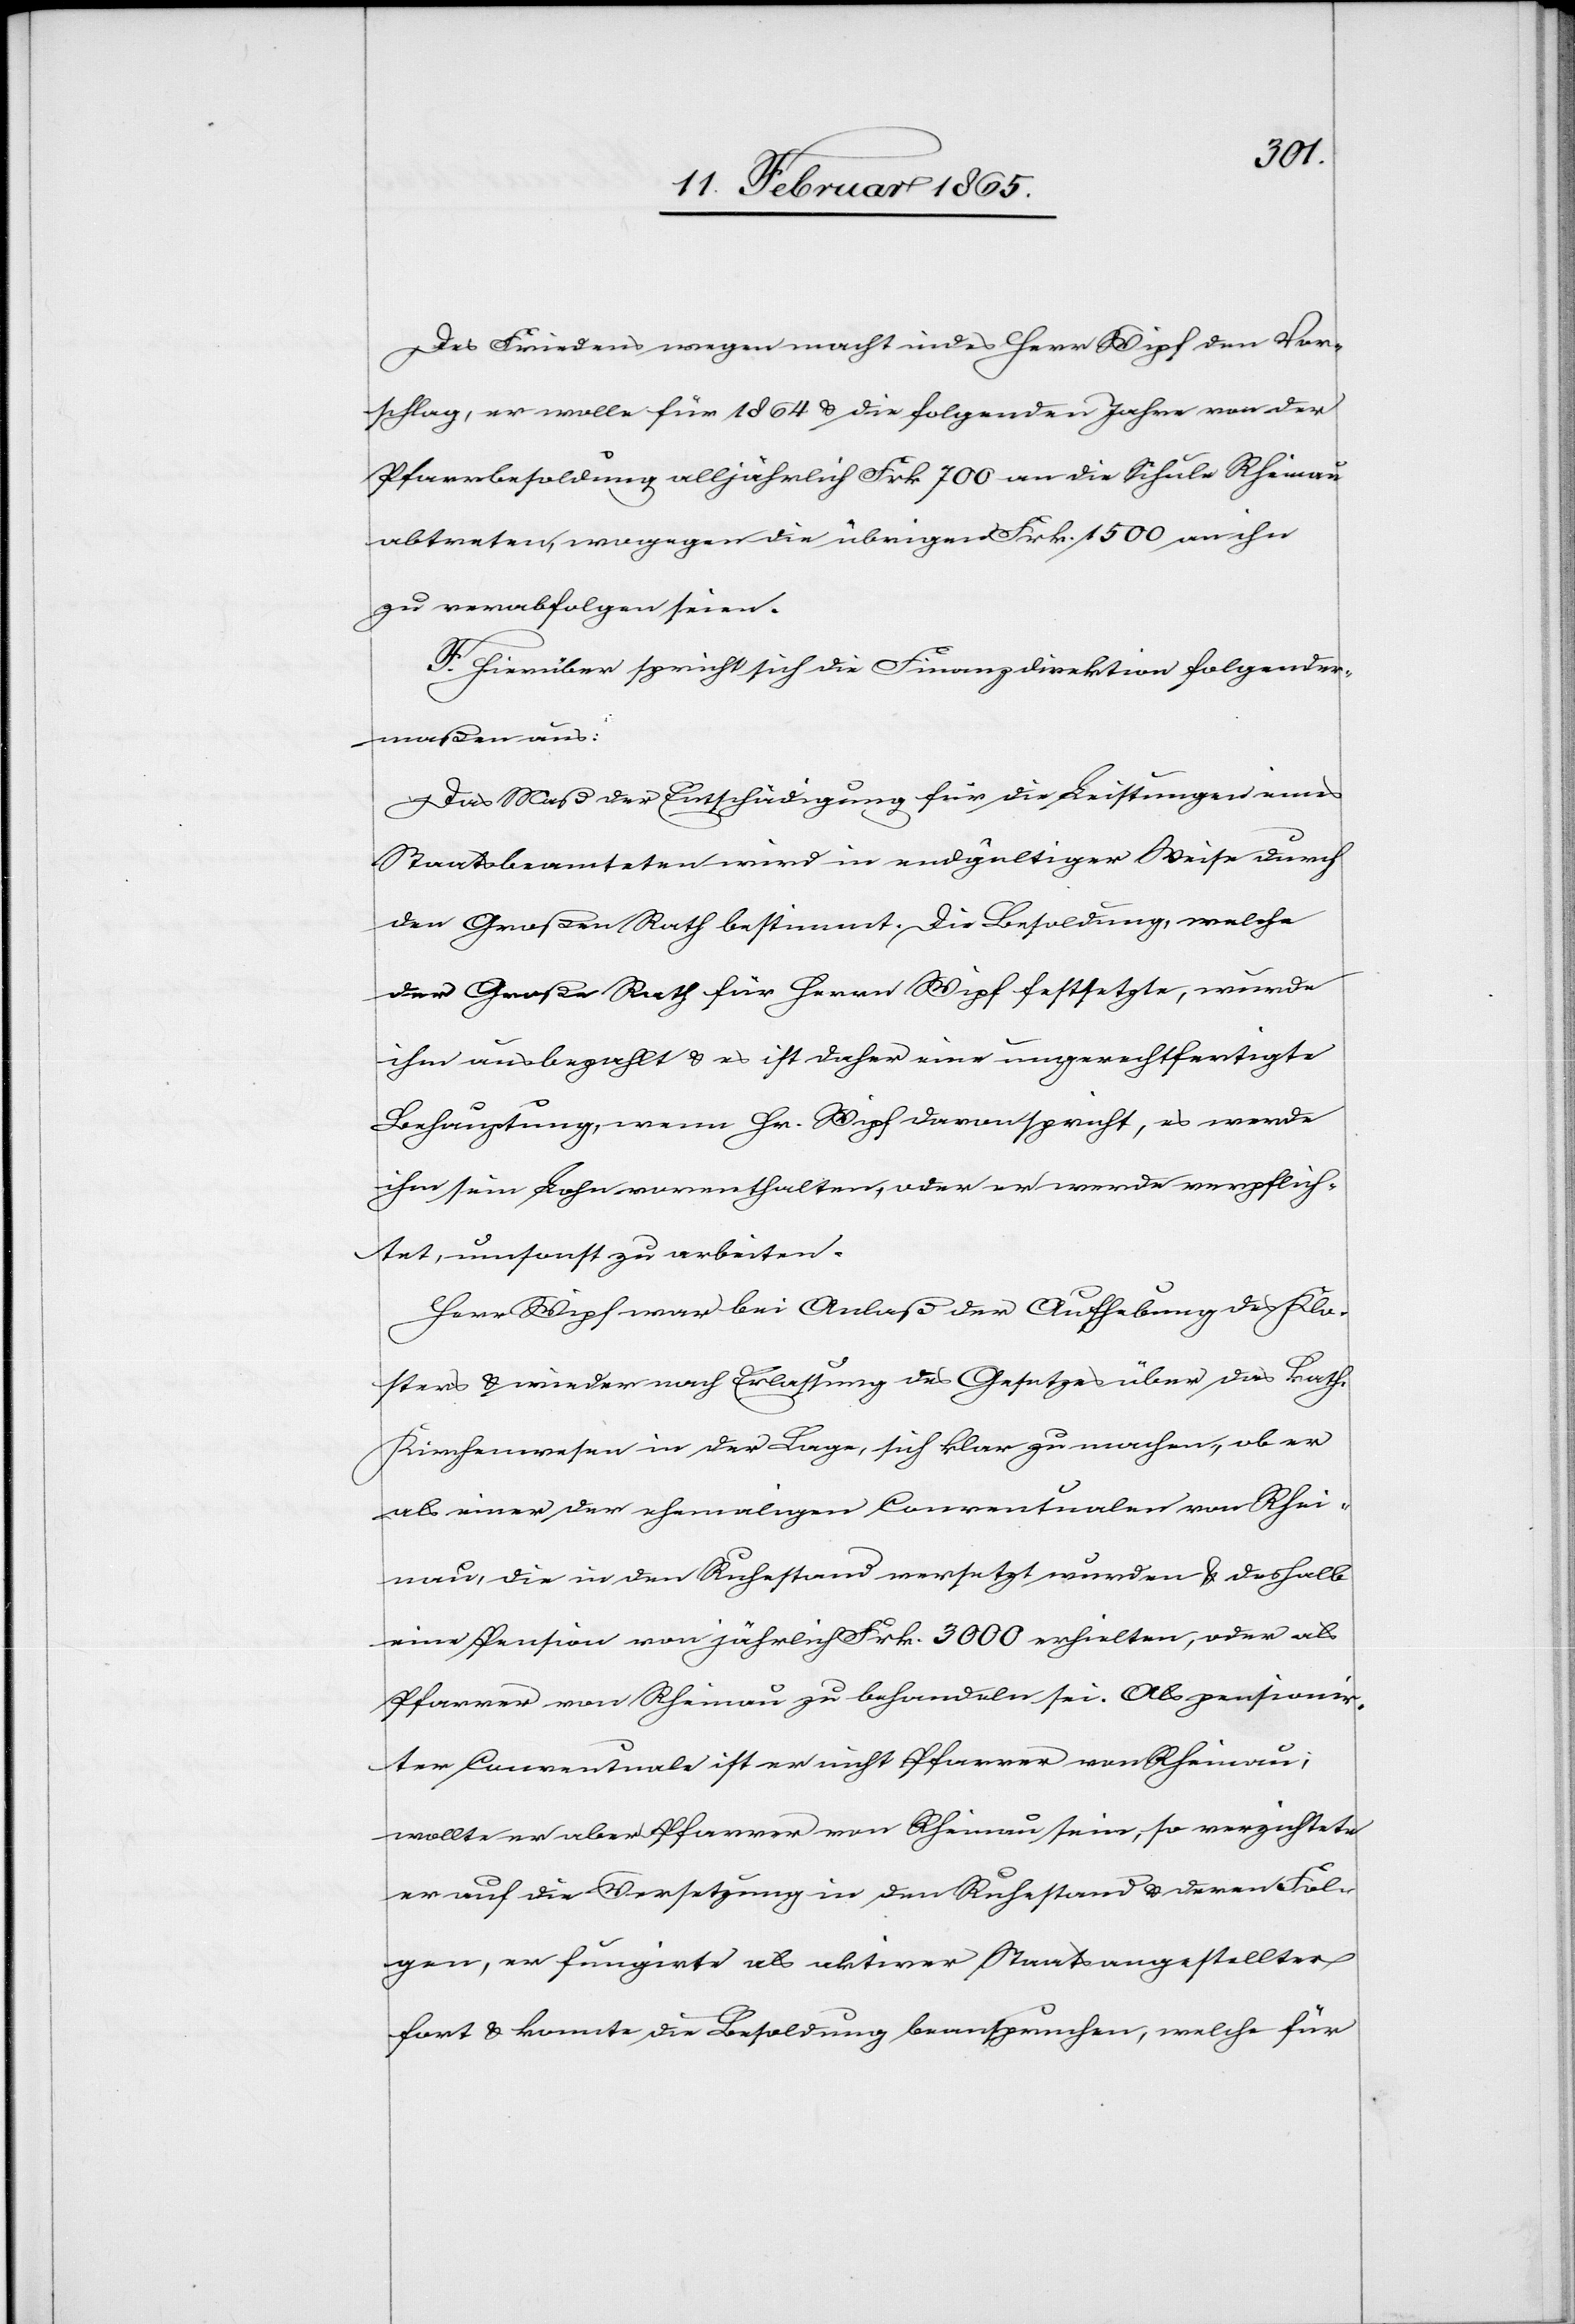
Des Friedens wegen macht indes Herr Wipf den Vor¬
schlag, er wolle für 1864 u. die folgenden Jahre von der
Pfarrbesoldung alljährlich Frk 700 an die Schule Rheinau
abtreten, wogegen die übrigen Frk. 1500 an ihn
zu verabfolgen seien.
F. Hierüber spricht sich die Finanzdirektion folgender¬
maßen aus:
Das Maß der Entschädigung für die Leistungen eines
Staatsbeamteten wird in endgültiger Weise durch
den Großen Rath bestimmt. Die Besoldung, welche
der Große Rath für Herrn Wipf festsetzte, wurde
ihm ausbezahlt u. es ist daher eine ungerechtfertigte
Behauptung, wenn Hr. Wipf davon spricht, es werde
ihm sein Lohn vorenthalten, oder er werde verpflich¬
tet, umsonst zu arbeiten.
Herr Wipf war bei Anlaß der Aufhebung des Klo¬
sters u. wieder nach Erlassung des Gesetzes über das kath.
Kirchenwesen in der Lage, sich klar zu machen, ob er
als einer der ehemaligen Conventualen von Rhei¬
nau, die in den Ruhestand versetzt wurden u. deshalb
eine Pension von jährlich Frk. 3000 erhielten, oder als
Pfarrer von Rheinau zu behandeln sei. Als pensionir¬
ter Conventuale ist er nicht Pfarrer von Rheinau;
wollte er aber Pfarrer von Rheinau sein, so verzichtete
er auf die Versetzung in den Ruhestand u. deren Fol¬
gen, er fungirte als aktiver Staatsangestellter
fort u. konnte die Besoldung beanspruchen, welche für